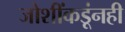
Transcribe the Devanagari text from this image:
जोशींकडूंनही